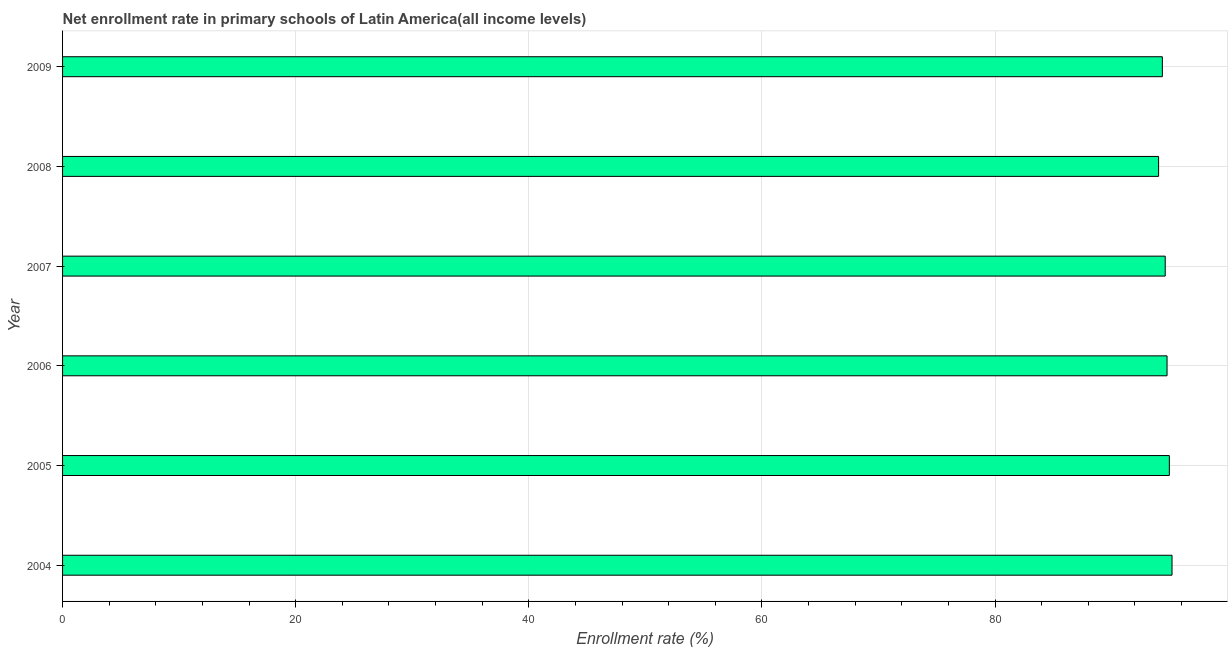
| Year | Adjusted net enrolment rate |
 | --- | --- |
 | 2004 | 95.2 |
 | 2005 | 94.9 |
 | 2006 | 94.8 |
 | 2007 | 94.6 |
 | 2008 | 94 |
 | 2009 | 94.3 |